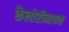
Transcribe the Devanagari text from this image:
कैलोरीमापक